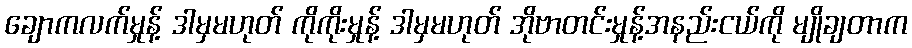
ချောကလက်မှုန့် ဒါမှမဟုတ် ကိုကိုးမှုန့် ဒါမှမဟုတ် အိုဗာတင်းမှုန့်အနည်းငယ်ကို မျိုချတာက